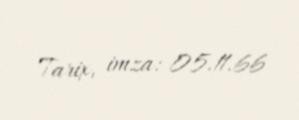
Tarix, imza: 05.11.66